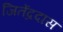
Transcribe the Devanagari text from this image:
जितेंद्रदास